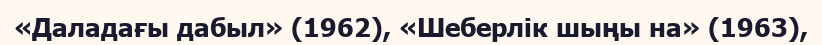
«Даладағы дабыл» (1962), «Шеберлік шыңы на» (1963),